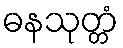
ဓနသုတ္တံ